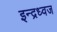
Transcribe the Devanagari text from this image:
इन्द्रध्वज